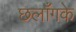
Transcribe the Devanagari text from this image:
छलाँगके